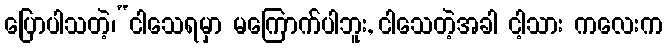
ပြောပါသတဲ့၊“ငါသေရမှာ မကြောက်ပါဘူး, ငါသေတဲ့အခါ ငါ့သား ကလေးက